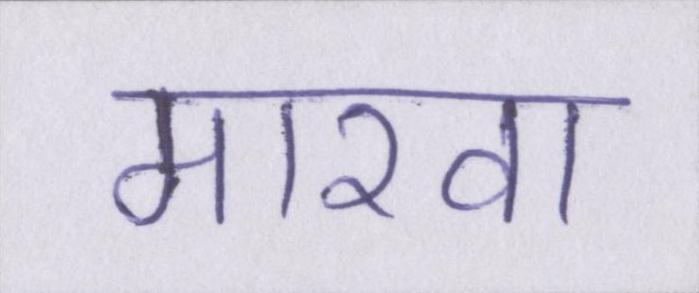
मारवा